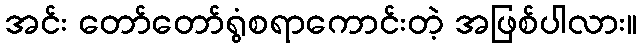
အင်း တော်တော်ရွံစရာကောင်းတဲ့ အဖြစ်ပါလား။